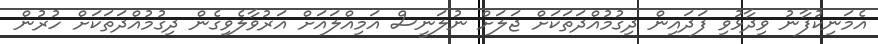
އެމަނިކުފާނު ވިދާޅުވި ފަދައިން ދިގުމުއްދަތަކަށް ޖަލަށް ނުލަނީސް އަމިއްލައަށް އަރުވާލެވިގެން ދިގުމުއްދަތަކަށް ހުރުން